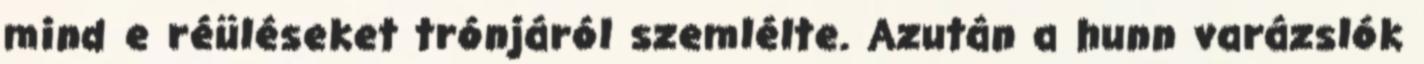
mind e réüléseket trónjáról szemlélte. Azután a hunn varázslók